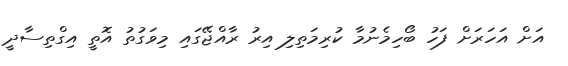
އަށް އަހަރަށް ފަހު ބޯހިމެނުމާ ކުރިމަތިލި އިރު ރާއްޖޭގައި މިވަގުތު އޮތީ އިގްތިސާދީ